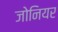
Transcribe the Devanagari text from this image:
जोनियर